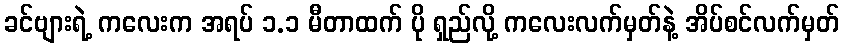
ခင်ဗျားရဲ့ ကလေးက အရပ် ၁.၁ မီတာထက် ပို ရှည်လို့ ကလေးလက်မှတ်နဲ့ အိပ်စင်လက်မှတ်